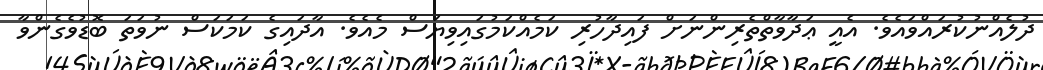
ދުލެއްނުކުރައްވައެވެ. އެއީ ޢަދާވާތްތެރިންނަށް ފައިދާހުރި ކަމެއްކަމުގައިވިޔަސް މެއެވެ. އާދައިގެ ކަމަކަސް ނުވަތަ ބޮޑުވެގެންވާ